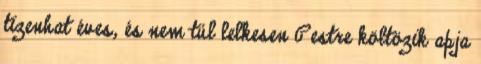
tizenhat éves, és nem túl lelkesen Pestre költözik apja